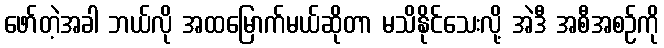
ဖော်တဲ့အခါ ဘယ်လို အထမြောက်မယ်ဆိုတာ မသိနိုင်သေးလို့ အဲဒီ အစီအစဉ်ကို